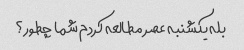
بله یکشنبه عصر مطالعه کردم شما چطور؟